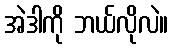
အဲဒါကို ဘယ်လိုလဲ။